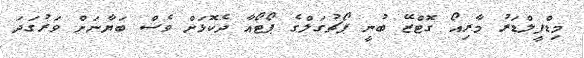
މިޑްފީލްޑަރު މާރިއޯ ގޮޓްޒޭ ބުނީ ޕޯޗުގަލްގެ ޕޯޓޯއާ ދެކޮޅަށް ވެސް ބަޔާނަށް ވަރުގަދަ